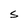
Character: S